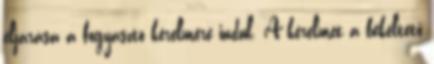
eljárása a fogyasztó kérelmére indul. A kérelmet a békéltető